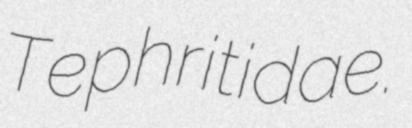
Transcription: Tephritidae.